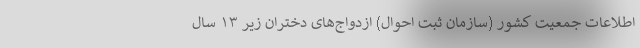
اطلاعات جمعیت کشور (سازمان ثبت احوال) ازدواج‌های دختران زیر ۱۳ سال